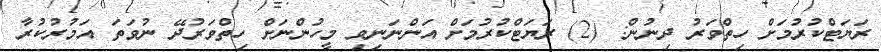
ރަޔަޓްކުރުމަށް ހިތްވަރު ދިނުން: (2) ރަޔަޓްކުރުމަށް އަންނަނިވި މީހުންނަށް ހިތްވަރުދޭ ނުވަތަ އަމުރުކުރާ